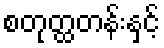
စတုတ္ထတန်းနှင့်